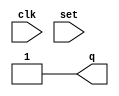
/* Generated by Yosys 0.7 (git sha1 61f6811, gcc 6.2.0-11ubuntu1 -O2 -fdebug-prefix-map=/build/yosys-OIL3SR/yosys-0.7=. -fstack-protector-strong -fPIC -Os) */

module dff_const2(clk, set, q);
  input clk;
  output q;
  input set;
  assign q = 1'b1;
endmodule